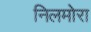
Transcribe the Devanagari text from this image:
निलमोरा